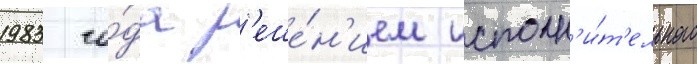
1983 го́да р'еше́н'ием исполн'и́т'ельного